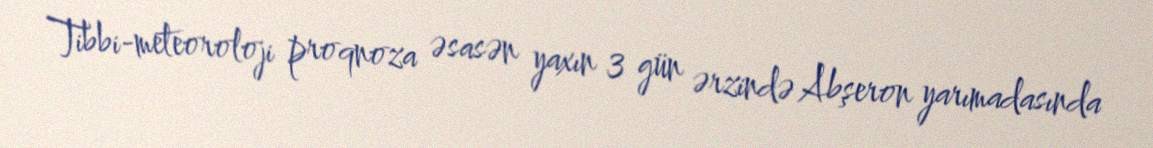
Tibbi-meteoroloji proqnoza əsasən yaxın 3 gün ərzində Abşeron yarımadasında